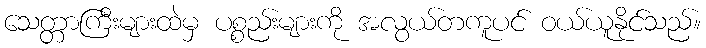
သေတ္တာကြီးများထဲမှ ပစ္စည်းများကို အလွယ်တကူပင် ဝယ်ယူနိုင်သည်။